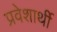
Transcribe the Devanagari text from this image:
प्रवेशार्थी